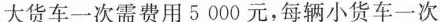
大货车一次需费用5000元，每辆小货车一次